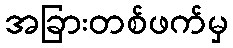
အခြားတစ်ဖက်မှ